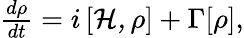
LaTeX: \begin{array}{r}{\frac{d\rho}{dt}=i\left[{\cal H,\rho}\right]+\Gamma[\rho],}\end{array}